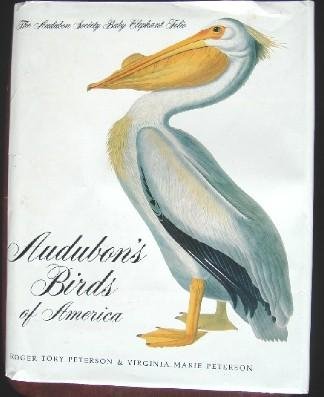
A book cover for Audubon's Birds of America: The Audubon Society Baby Elephant Folio; Roger Tory Peterson; Arts & Photography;